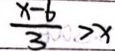
\frac { x - 6 } { 3 } > x